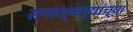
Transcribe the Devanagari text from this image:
सनात्यन्यांच्या